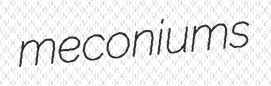
meconiums